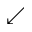
\swarrow